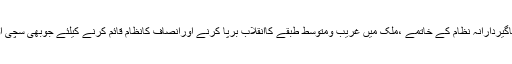
اپنے ایک مشترکہ بیان میں اراکین قومی اسمبلی نے کہاکہ پاکستان سے فرسودہ جاگیردارانہ نظام کے خاتمے ،ملک میں غریب ومتوسط طبقے کاانقلاب برپا کرنے اورانصاف کانظام قائم کرنے کیلئے جوبھی سچی اورحقیقی آوازاٹھے گی متحدہ قومی موومنٹ اس کی غیرمشروط حمایت کرے گی۔